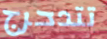
تتدحرج